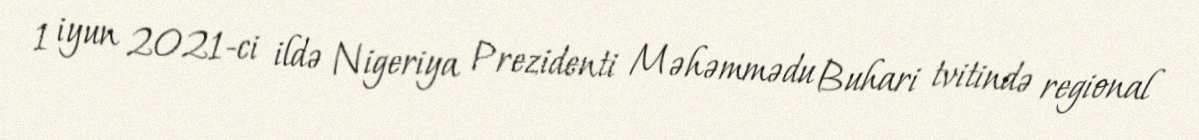
1 iyun 2021-ci ildə Nigeriya Prezidenti Məhəmmədu Buhari tvitində regional